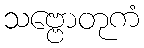
သဗ္ဗောတုကံ